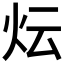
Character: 𭴈